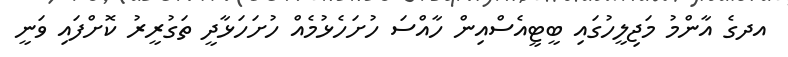
އދގެ އާންމު މަޖިލީހުގައި ބީޓީއެސްއިން ހާއްސަ ހުށަހެޅުމެއް ހުށަހަޅާދީ ތަގުރީރު ކޮށްފައި ވަނީ